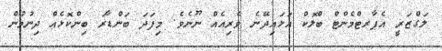
ލަގްޒަރީ އެޕާރޓްމެންޓް ބްލޮކް އަޅައިދޭނެ ވެރިއެއް ނޫނެވެ. މިފަދަ ބަންޑާރަ ބިންކޮޅެއް ދިނުމުން